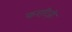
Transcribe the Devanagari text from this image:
करग़ीज़ी